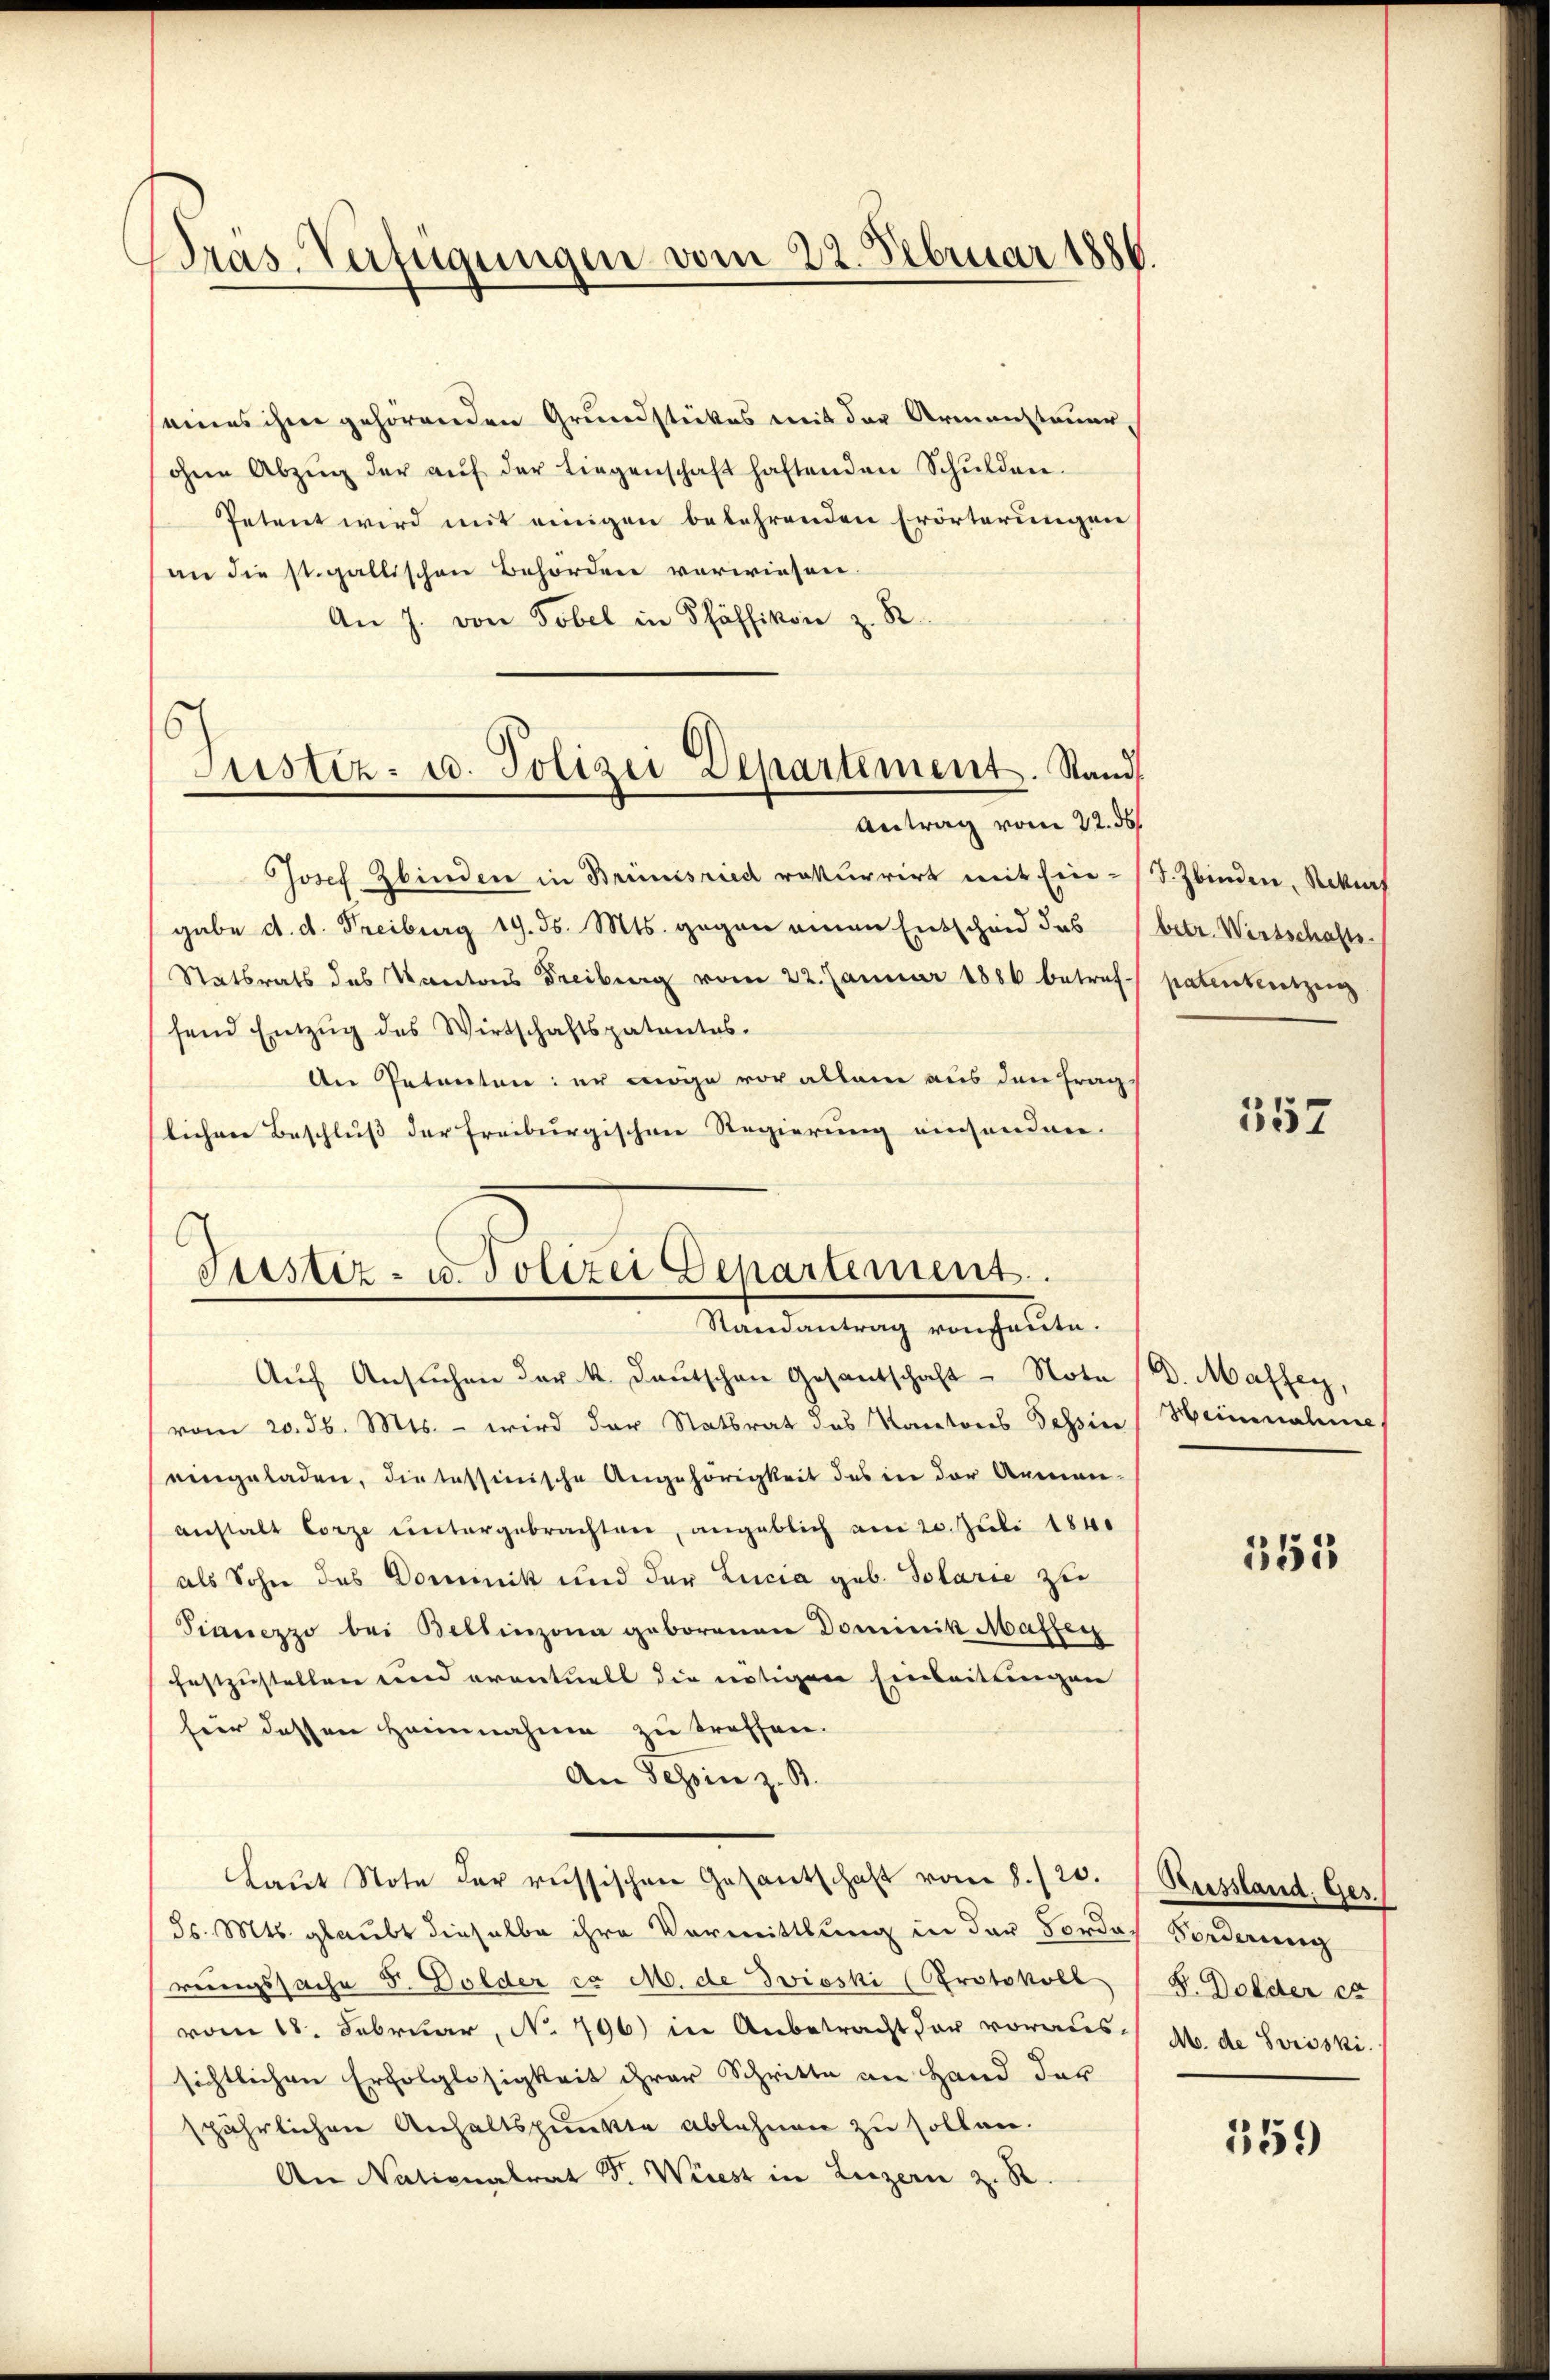
Wras. Verfügungen vom 22. Februar 1886.

seines ihm gehörenden Grundstückes mit der Armensteuer¬
(ohne Abzŭg der aŭf der Liegenschaft haftenden Schŭlden.
Petent wird mit einigen belehrenden Erörterungen
an die st. gallischen Behörden verwiesen.
An J. von Tobel in Pfäffikon z. B.
Josef Zbinden in Brünisried rekurrirt mit Ein- (T. Zbinden, Rekurs
gabe d. d. Freiburg 19. ds. Mts. gegen einen Entscheid das
Statsrats des Kantons Freiburg vom 22. Januar 1886 betref- patentesitzung
fend Entzŭg des Wirtschaftspatentes.
An Petenten: er möge vor allem aus den Frag
lichen Beschluß der Freiburgischen Regierung einsenden.

6
Justiz- u. Polizei Departement. Stand
Antrag vom 22. ds

Justiz- u. Polizei Departement.
Randantrag von heute.

Aŭf Ansŭchen der k. Deutschen Gesantschaft - Note (D. Malfer,
vom 20. d. Mts. – wird der Statsrat des Kantons Tessin (Heinnahme
eingeladen, die tessinische Angehörigkeit des in der Armen
anstalt Lorze untergebrachten, angeblich am 20. Juli 1840
als Sohn des Dominik und der Lucia geb. Solarie zu
Sinnezzo bei Bellinzona geborenen Dominik Maften
festzustellen und eventuell die nötigen Einleitungen
für dessen Heinnahme zu treffen.
An Tessin z. B.
Laŭt Note der russischen Gesantschaft vom 8./20. Russland. Ges.
5s. Mts. glaubt dieselbe ihre Vormittlung in der Borderungssache F. Dolder ca M. de Zieski (Protokoll
vom 18. Februar, No. 796) in Anbetracht der voraus-
sichtlichen Erfolglosigkeit ihrer Schritte an Hand der
spährlichen Anhaltspunkte ablehnen zu sollen.
An Nationalrat Dr. Wiest in Luzern z. R.

betr. Wirtschafts

357

355

Forderung
L. Dolder et
Ab. de Svisski

559